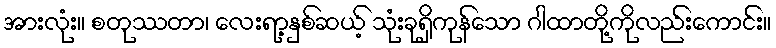
အားလုံး။ စတုဿတာ၊ လေးရာ့နှစ်ဆယ့် သုံးခုရှိကုန်သော ဂါထာတို့ကိုလည်းကောင်း။